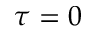
\tau = 0